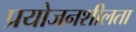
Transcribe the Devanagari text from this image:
प्रयोजनशीलता